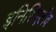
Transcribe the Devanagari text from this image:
इनिसिएटीव